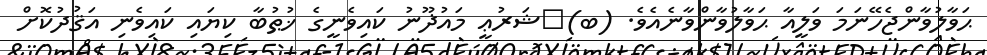
ޙަވާލުވާންޖެހޭނަމަ ވަލީއާ ޙަވާލުވާންވާނެއެވެ. (ބ)	ޝަރުޢީ މައުޛޫނު ކައިވެނީގެ ޚުޠުބާ ކިޔައި ކައިވެނި އަޤުދުކޮށް